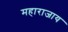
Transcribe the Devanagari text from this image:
महाराजाय